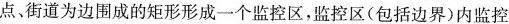
点、街道为边围成的矩形形成一个监控区，监控区(包括边界)内监控